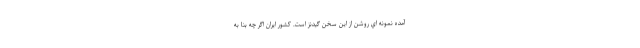
آمده نمونه اي روشن از اين سخن گيدنز است. كشور ايران اگر چه بنا به